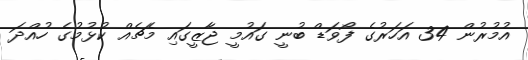
އުމުރުން 34 އަހަރުގެ ފޯވަޑް ބުނީ ގައުމީ ޖާޒީގައި މެޗެއް ކުޅުމުގެ ހުއްދަ